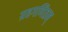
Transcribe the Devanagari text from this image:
ग्रहगणितम्